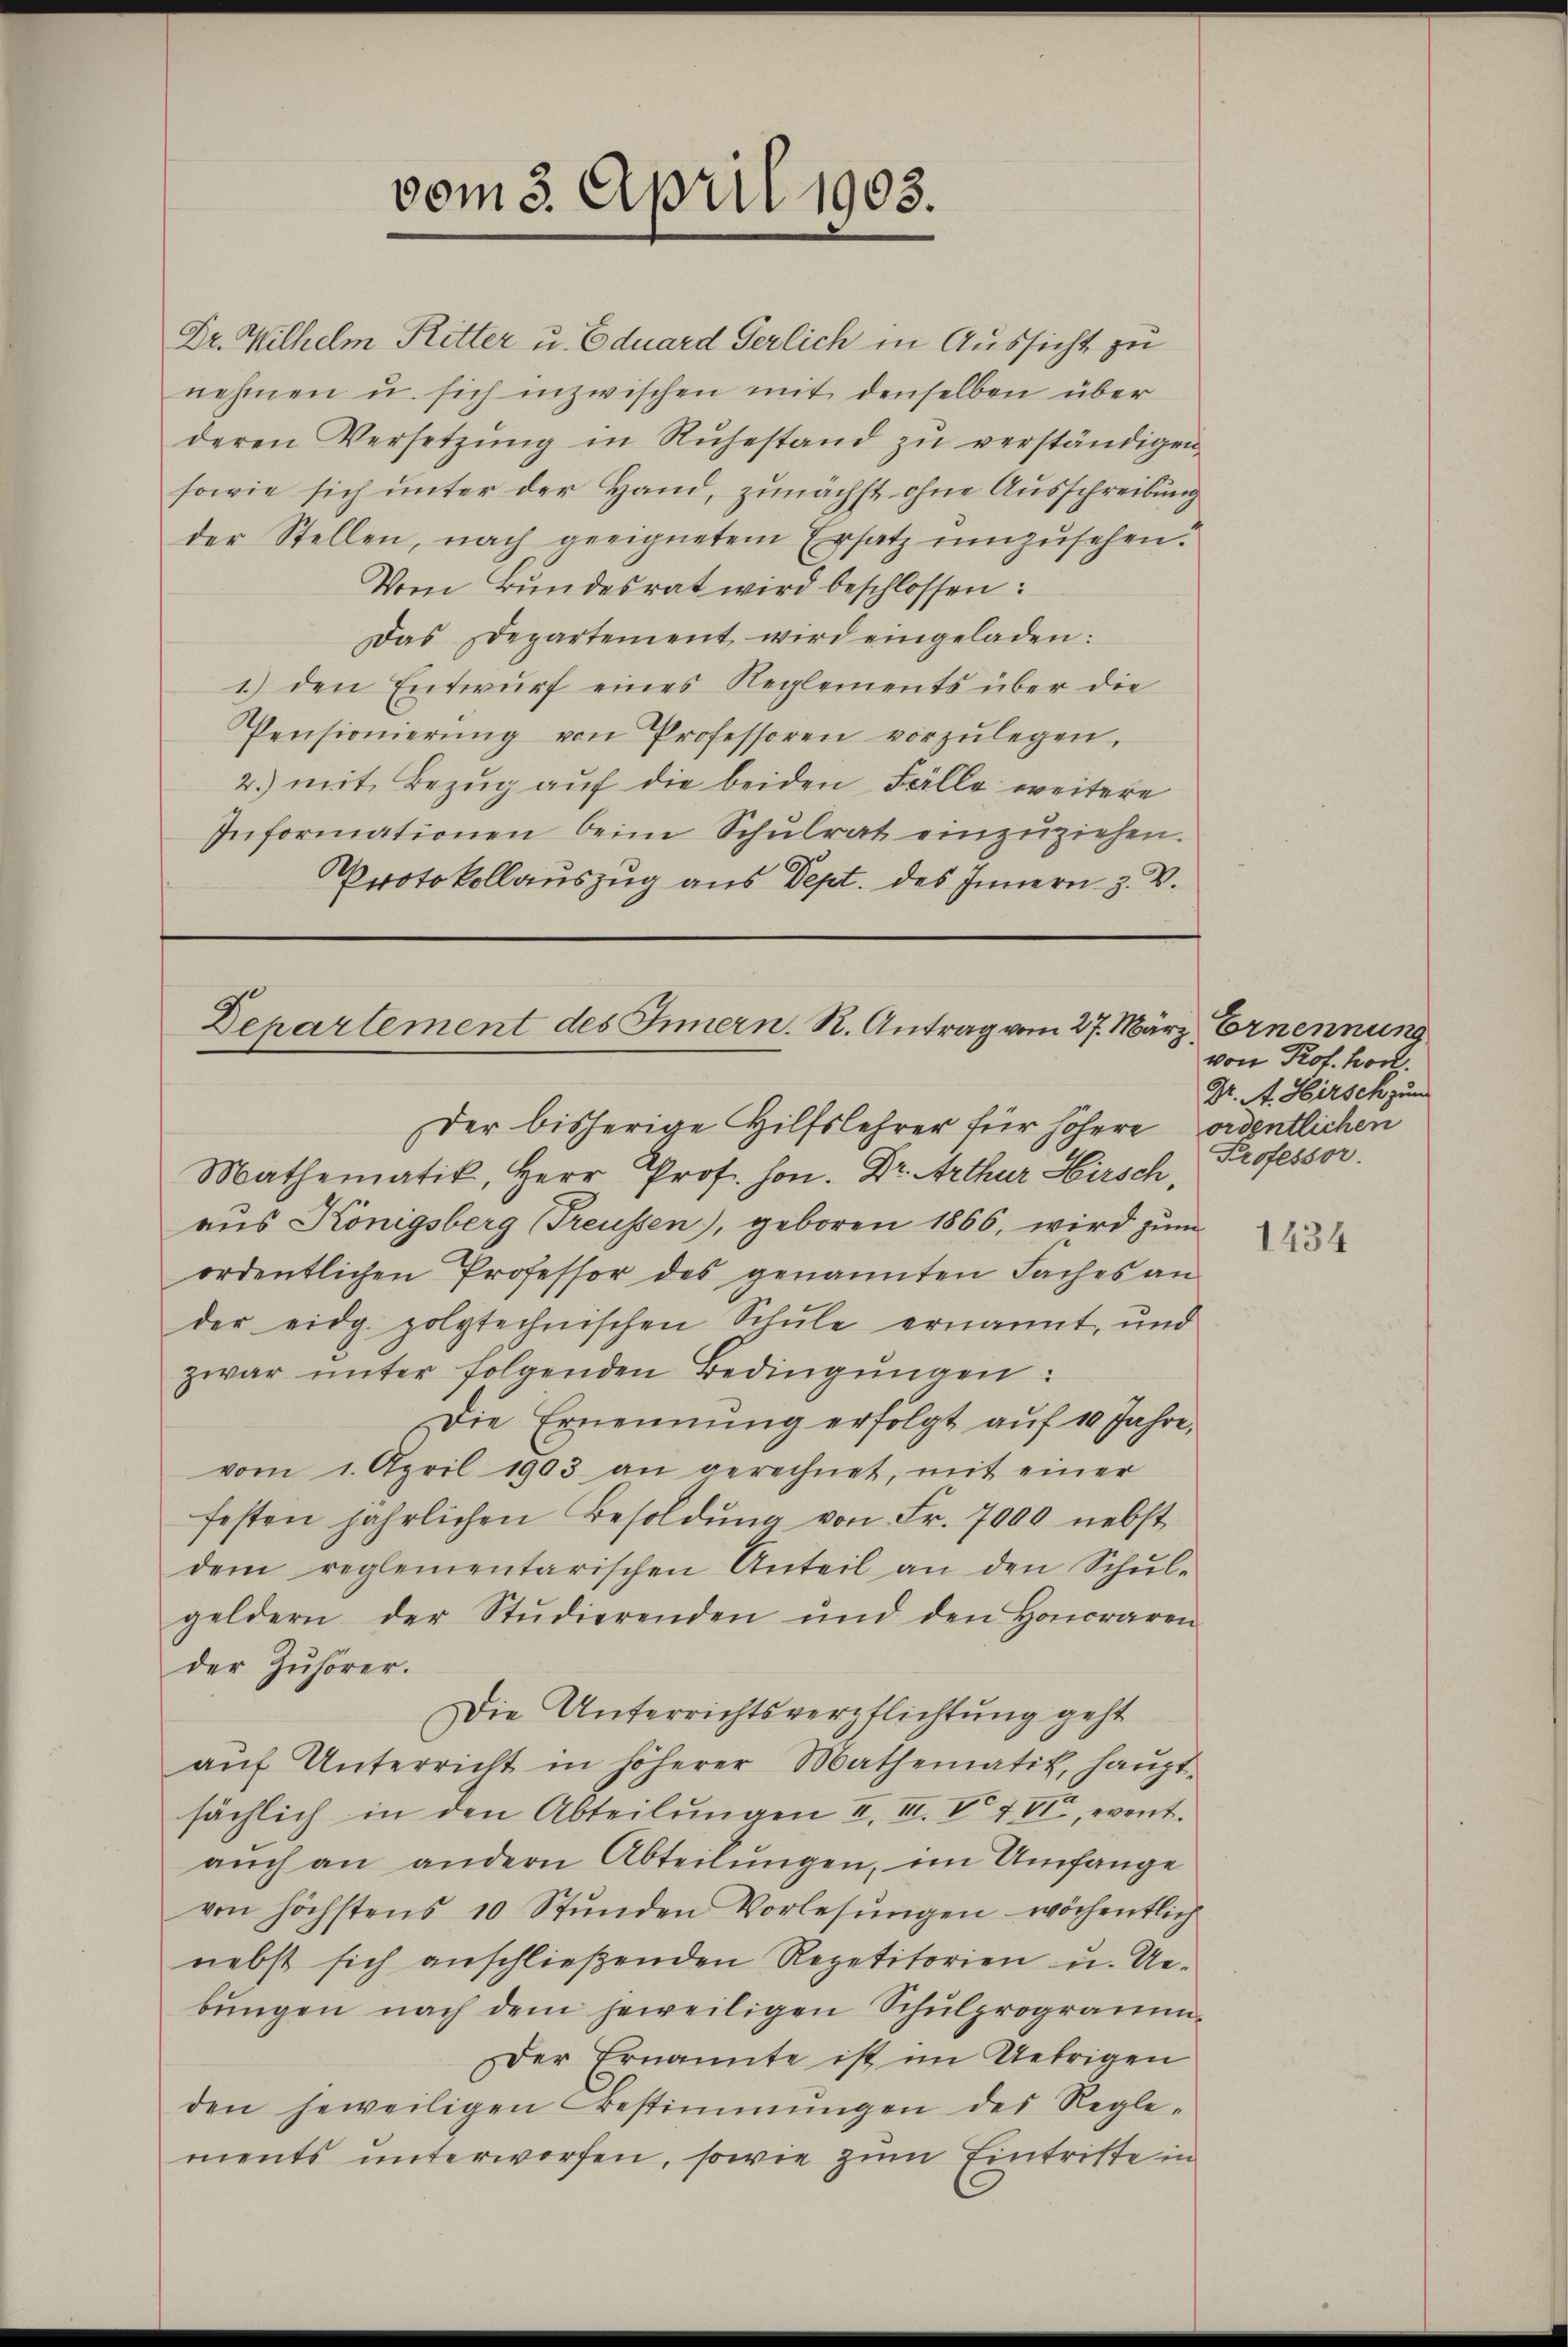
vom 3. April 1903.

nehmen u. sich inzwischen mit denselben über
deren Versetzŭng in Rŭhestand zŭ verständigen.
sowie sich unter der Hand, zunächst ohne Ausschreibung
der Stellen, nach geeignetem Ersatz umzusehen.
Vom Bundesrat wird beschlossen:
Das Departement wird eingeladen:
1) den Entwurf eines Reglements über die
Pensionierŭng von Professoren vorzŭlegen.
2.) mit Bezug auf die beiden Fälle weitere
Informationen beim Schŭlrat einzŭziehen.
Protokollauszug aus Sept. des Innern z. V.

Dr. Wilhelm Ritter u. Eduard Gerlich in Aussicht zu

Departement des Innern. R. Antrag vom 27. März, Ernennung
Der bisherige Hilfslehrer für höhere ordentlichen

Mathematik, Herr Prof. Hon. Dr. Arthur Hirsch
aus Königsberg (Treussen), geboren 1866, wird zum
ordentlichen Professor des genannten Saches an
der eidg. polytechnischen Schŭle ernannt, und
zwar unter folgenden Bedingungen:
Die Ernennung erfolgt auf 10 Jahre,
vom 1. April 1903 an gerechnet, mit einer
festen jährlichen Besoldŭng von Fr. 7000 nebst
dem reglementarischen Anteil an den Schŭl-
geldern der Studierenden und den Honoraren
der Zuhörer.
Die Unterrichtsverpflichtung geht
aŭf Unterricht in höherer Mathematik, haŭpt-
sächlich in den Abteilungen I. II. V 4 VI, event.
aŭch an andern Abteilŭngen, im Umfange
von höchstens 10 Stŭnden Vorlesungen wöchentlich
nebst sich anschließenden Repetitorien u. Uebŭngen nach dem jeweiligen Schulprogramm-
Der Ernannte ist im Uebrigen
den jeweiligen Bestimmungen des Regle-
ments unterworfen, sowie zum Eintritte in

von Prof. Hoch
Dr. A. Hirsch zum
Professor.

1434